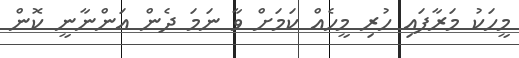
މީހަކު މަރާފައި ހުރި މީހެއް ކަމަށް ވާ ނަމަ ދެން އަންނާނީ ކޮން